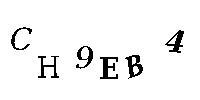
CH9EB4